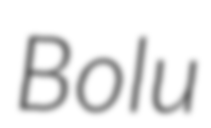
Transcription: Bolu